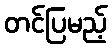
တင်ပြမည့်